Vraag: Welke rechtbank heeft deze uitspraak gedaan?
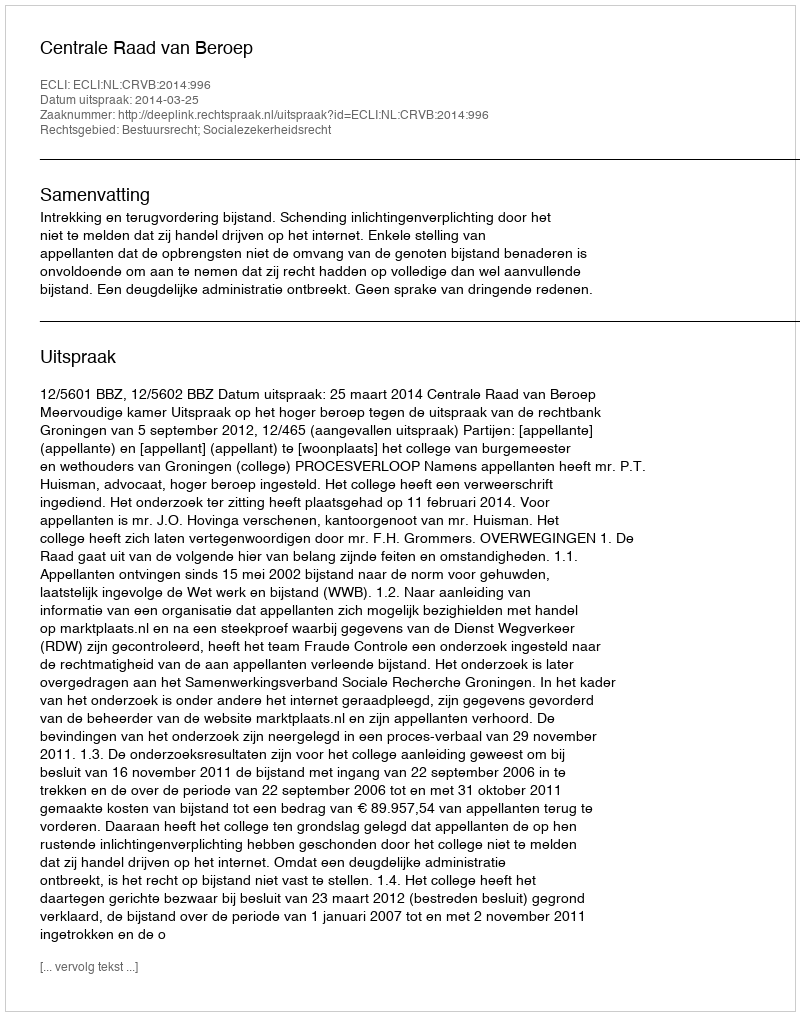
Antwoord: Centrale Raad van Beroep